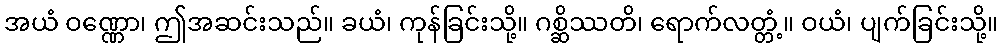
အယံ ဝဏ္ဏော၊ ဤအဆင်းသည်။ ခယံ၊ ကုန်ခြင်းသို့။ ဂစ္ဆိဿတိ၊ ရောက်လတ္တံ့။ ဝယံ၊ ပျက်ခြင်းသို့။